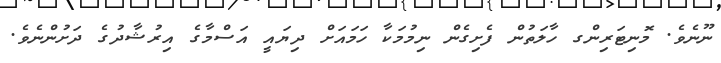
ނޫނެވެ. މޮނިޓަރިންގ ހާލަތުން ފެށިގެން ނިމުމަކާ ހަމައަށް ދިޔައީ އަސްމާގެ އިރުޝާދުގެ ދަށުންނެވެ.